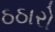
ઠઠારો